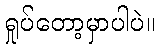
ရှုပ်တော့မှာပါပဲ။